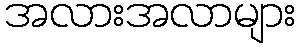
အလားအလာများ